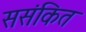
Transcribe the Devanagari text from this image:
ससंकित